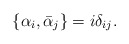
\begin{align*}\{\alpha_i,\bar\alpha_j\}=i\delta_{ij}.\end{align*}